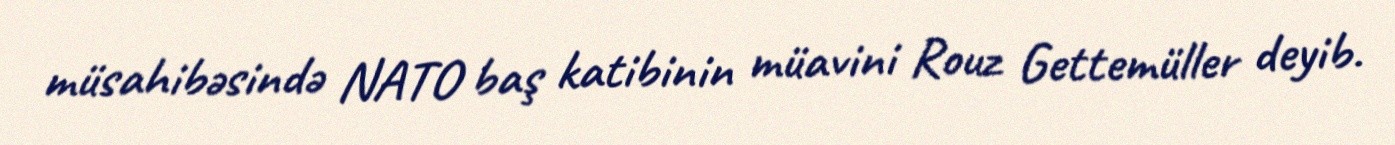
müsahibəsində NATO baş katibinin müavini Rouz Gettemüller deyib.